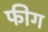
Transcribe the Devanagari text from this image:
फीग